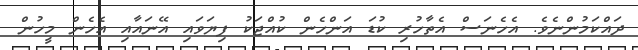
ދައްކަމުންނެވެ. އެހެނަސް އެތާހުރި ކުޑަ އަންހެން ކުއްޖަކު ފިޔަވައި އޭނައާއި އެހެން މީހުން